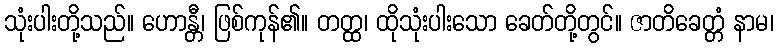
သုံးပါးတို့သည်။ ဟောန္တီ၊ ဖြစ်ကုန်၏။ တတ္ထ၊ ထိုသုံးပါးသော ခေတ်တို့တွင်။ ဇာတိခေတ္တံ နာမ၊